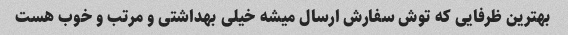
بهترین ظرفایی که توش سفارش ارسال میشه خیلی بهداشتی و مرتب و خوب هست